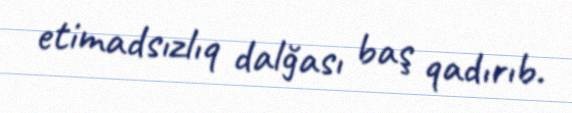
etimadsızlıq dalğası baş qadırıb.